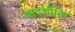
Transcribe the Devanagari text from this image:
आदर्शोक्ति